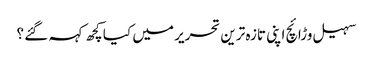
سہیل وڑائچ اپنی تازہ ترین تحریر میں کیا کچھ کہہ گئے ؟